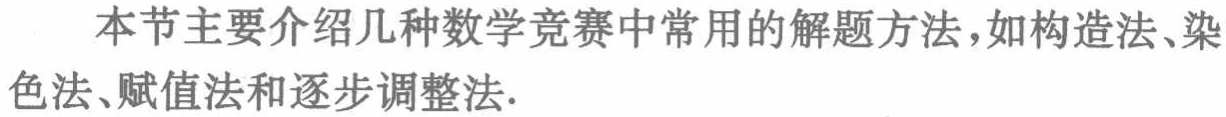
本节主要介绍几种数学竞赛中常用的解题方法，如构造法、染色法、赋值法和逐步调整法.